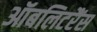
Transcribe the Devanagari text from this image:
ऑबलिटरैंस